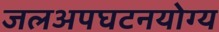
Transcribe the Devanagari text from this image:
जलअपघटनयोग्य